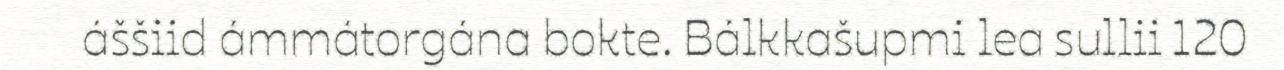
áššiid ámmátorgána bokte. Bálkkašupmi lea sullii 120